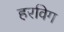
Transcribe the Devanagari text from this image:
हरविग